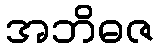
အဘိဓဇ